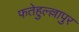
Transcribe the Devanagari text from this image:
फतेहुल्ल्लापुर